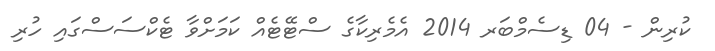
ކުރިން - 04 ޑިސެމްބަރ 2014 އެމެރިކާގެ ސްޓޭޓެއް ކަމަށްވާ ޓެކްސަސްގައި ހުރި